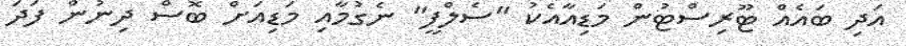
އަދި ބައެއް ޓޫރިސްޓުން މަޑިއާއެކު "ސެލްފީ" ނެގުމާއި މަޑިއަށް ބޮސް ދިނުން ފަދަ